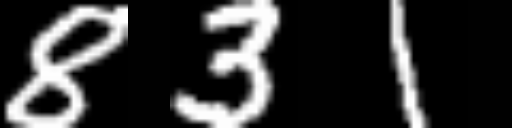
Text: 831